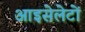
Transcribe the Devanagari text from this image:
आइसेलेटों